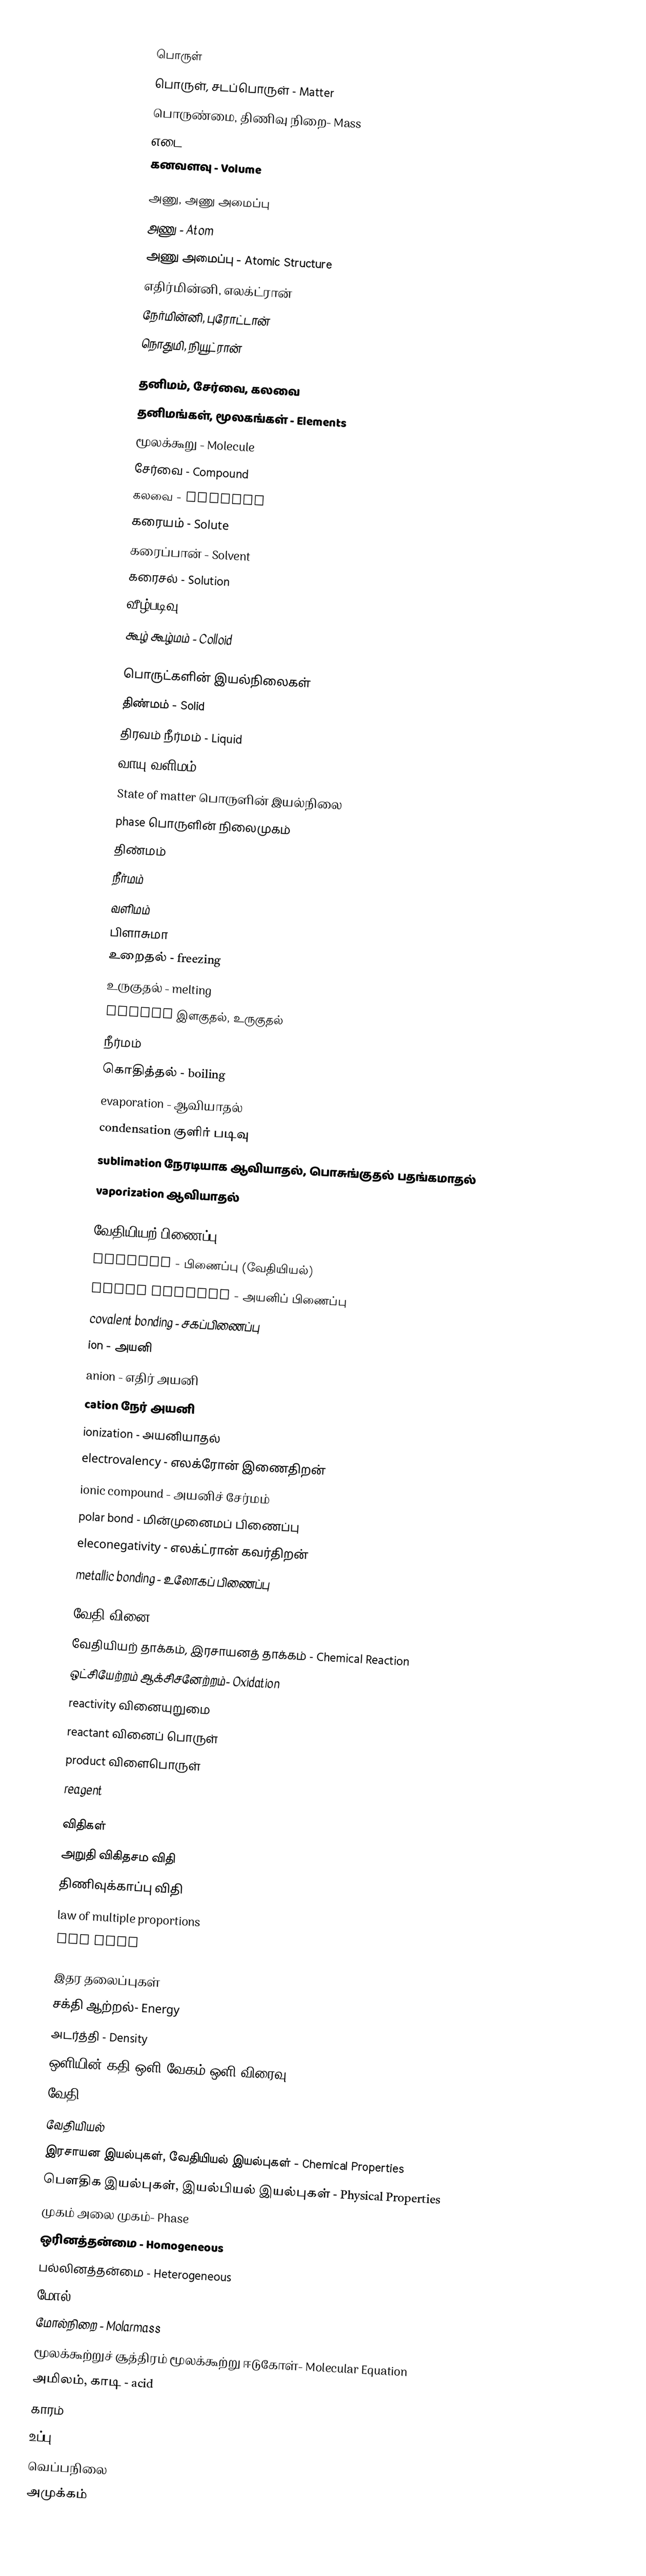

பொருள்
 பொருள், சடப்பொருள் - Matter
 பொருண்மை, திணிவு நிறை- Mass
 எடை - Weight
 கனவளவு - Volume

அணு, அணு அமைப்பு
 அணு - Atom
 அணு அமைப்பு - Atomic Structure
 எதிர்மின்னி, எலக்ட்ரான்
 நேர்மின்னி, புரோட்டான்
 நொதுமி, நியூட்ரான்

தனிமம், சேர்வை, கலவை
 தனிமங்கள், மூலகங்கள் - Elements
 மூலக்கூறு - Molecule
 சேர்வை - Compound
 கலவை - Mixture
 கரையம் - Solute
 கரைப்பான் - Solvent
 கரைசல் - Solution
 வீழ்படிவு - Precipitation
 கூழ் கூழ்மம் - Colloid

பொருட்களின் இயல்நிலைகள்
 திண்மம் - Solid
 திரவம் நீர்மம் - Liquid
 வாயு வளிமம்- Gas
 State of matter பொருளின் இயல்நிலை
 phase பொருளின் நிலைமுகம்
 திண்மம்
 நீர்மம்
 வளிமம்
 பிளாசுமா
 உறைதல் - freezing
 உருகுதல் - melting
 fusion இளகுதல், உருகுதல்
 நீர்மம்
 கொதித்தல் - boiling
 evaporation - ஆவியாதல்
 condensation குளிர் படிவு
 sublimation நேரடியாக ஆவியாதல், பொசுங்குதல் பதங்கமாதல்
 vaporization ஆவியாதல்

வேதியியற் பிணைப்பு
 bonding - பிணைப்பு (வேதியியல்)
 ionic bonding - அயனிப் பிணைப்பு
 covalent bonding - சகப்பிணைப்பு
 ion - அயனி
 anion - எதிர் அயனி
 cation நேர் அயனி
 ionization - அயனியாதல்
 electrovalency - எலக்ரோன் இணைதிறன்
 ionic compound - அயனிச் சேர்மம்
 polar bond - மின்முனைமப் பிணைப்பு
 eleconegativity - எலக்ட்ரான் கவர்திறன்
 metallic bonding - உலோகப் பிணைப்பு

வேதி வினை
 வேதியியற் தாக்கம், இரசாயனத் தாக்கம் - Chemical Reaction
 ஒட்சியேற்றம் ஆக்சிசனேற்றம்- Oxidation
 reactivity வினையுறுமை
 reactant வினைப் பொருள்
 product விளைபொருள்
 reagent

விதிகள்
 அறுதி விகிதசம விதி
 திணிவுக்காப்பு விதி
 law of multiple proportions
 gas laws

இதர தலைப்புகள்
 சக்தி ஆற்றல்- Energy
 அடர்த்தி - Density
 ஒளியின் கதி ஒளி வேகம் ஒளி விரைவு- Speed of Light
 வேதி
 வேதியியல்
 இரசாயன இயல்புகள், வேதியியல் இயல்புகள் - Chemical Properties
 பெளதிக இயல்புகள், இயல்பியல் இயல்புகள் - Physical Properties
 முகம் அலை முகம்- Phase
 ஒரினத்தன்மை - Homogeneous
 பல்லினத்தன்மை - Heterogeneous
 மோல் - Mole
 மோல்நிறை - Molarmass
 மூலக்கூற்றுச் சூத்திரம் மூலக்கூற்று ஈடுகோள்- Molecular Equation
 அமிலம், காடி - acid
 காரம்
 உப்பு - salt
 வெப்பநிலை
 அமுக்கம்